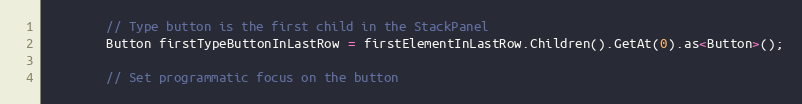
Language: C++
        // Type button is the first child in the StackPanel
        Button firstTypeButtonInLastRow = firstElementInLastRow.Children().GetAt(0).as<Button>();

        // Set programmatic focus on the button